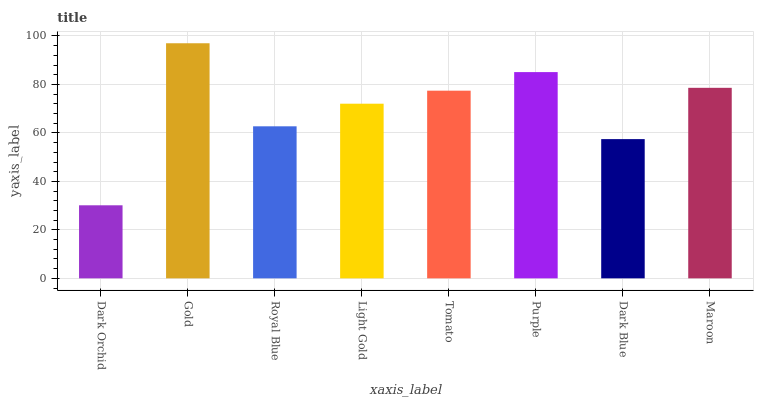
| xaxis_label | bars |
 | --- | --- |
 | Dark Orchid | 30.1 |
 | Gold | 97 |
 | Royal Blue | 62.7 |
 | Light Gold | 72.1 |
 | Tomato | 77.4 |
 | Purple | 85.1 |
 | Dark Blue | 57.4 |
 | Maroon | 78.6 |